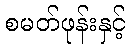
စမတ်ဖုန်းနှင့်